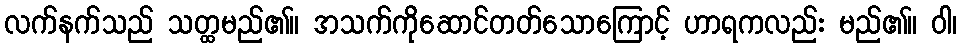
လက်နက်သည် သတ္ထမည်၏။ အသက်ကိုဆောင်တတ်သောကြောင့် ဟာရကလည်း မည်၏။ ဝါ၊